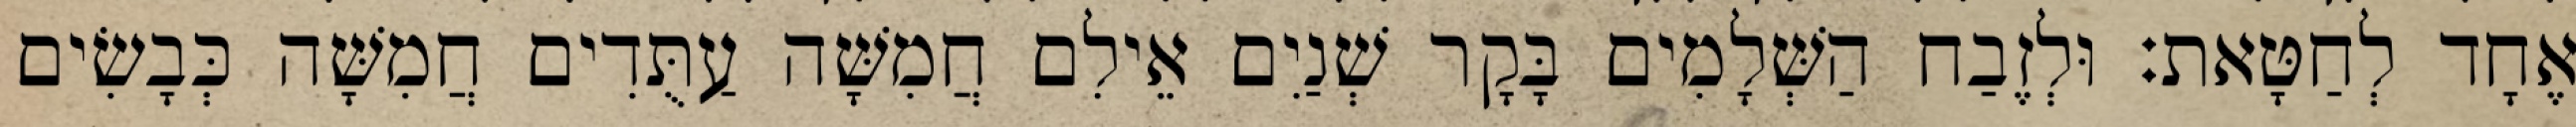
אֶחָד לְחַטָּאת׃ וּלְזֶבַח הַשְּׁלָמִים בָּקָר שְׁנַיִם אֵילִם חֲמִשָּׁה עַתֻּדִים חֲמִשָּׁה כְּבָשִׂים